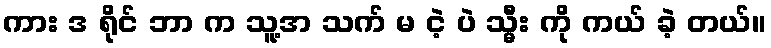
ကား ဒ ရိုင် ဘာ က သူ့အ သက် မ ငဲ့ ပဲ သ္မီး ကို ကယ် ခဲ့ တယ်။